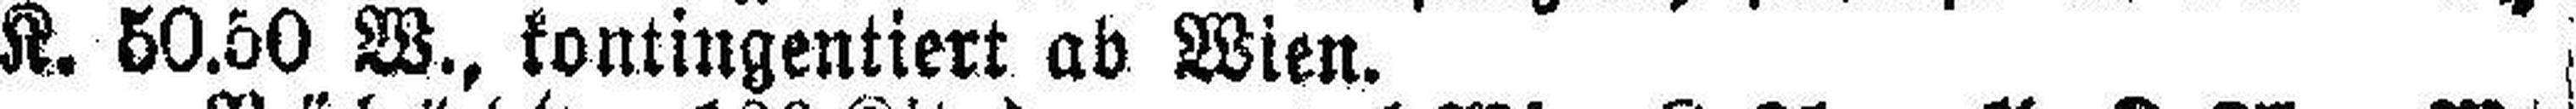
K. 50.60 W., kontingentiert ab Wien.